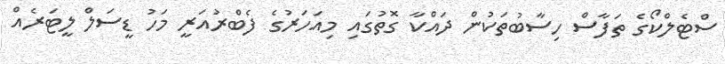
ސްޓެލްކޯގެ ތަފާސް ހިސާބުތަކުން ދައްކާ ގޮތުގައި މިއަހަރުގެ ފެބްރުއަރީ މަހު ޑީސަލް ލީޓަރެއް